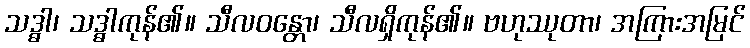
သဒ္ဓါ၊ သဒ္ဓါကုန်၏။ သီလဝန္တော၊ သီလရှိကုန်၏။ ဗဟုဿုတာ၊ အကြားအမြင်